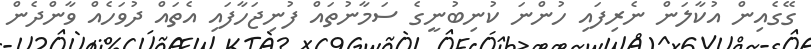
ގޭގެއިން އުކާލަން ނެރިފައި ހުންނަ ކުނިބުނީގެ ސަމާނުތައް ފުނިޖަހާފައި އެތައް ދުވަހެއް ވާންދެން